Annual administration report of the Civil Veterinary Department of India - 1895-1896
Year: 1895
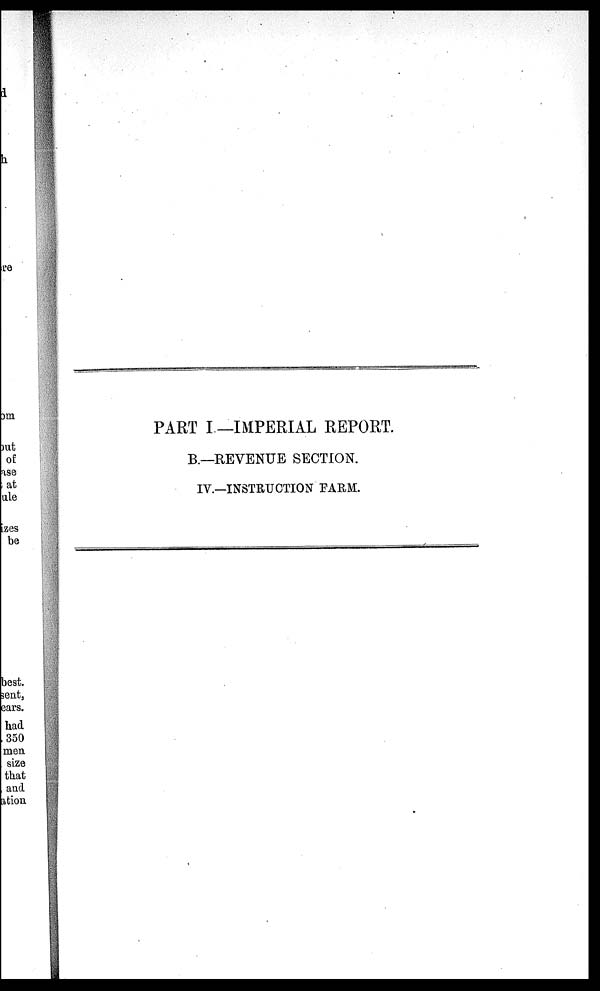
PART I.—IMPERIAL REPORT.
B.—REVENUE SECTION.
IV.—INSTRUCTION FARM.